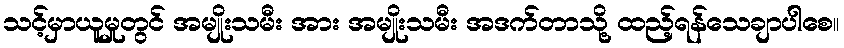
သင့်မှာယူမှုတွင် အမျိုးသမီး အား အမျိုးသမီး အဒက်တာသို့ ထည့်ရန်သေချာပါစေ။